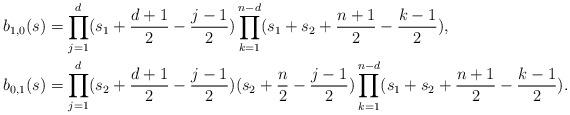
LaTeX: \begin{align*}b_{1,0}(s) &= \prod_{j = 1}^d (s_1 + \dfrac{d + 1}{2} - \dfrac{j - 1}{2}) \prod_{k = 1}^{n - d} (s _1 + s_2 + \dfrac{n + 1}{2} - \dfrac{k - 1}{2}), \\b_{0,1}(s) &= \prod_{j = 1}^d (s_2 + \dfrac{d + 1}{2} - \dfrac{j - 1}{2}) (s_2 + \dfrac{n}{2} - \dfrac{j - 1}{2}) \prod_{k = 1}^{n - d} (s _1 + s_2 + \dfrac{n + 1}{2} - \dfrac{k - 1}{2}) .\end{align*}